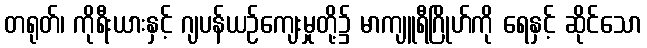
တရုတ်၊ ကိုရီးယားနှင့် ဂျပန်ယဉ်ကျေးမှုတို့၌ မာကျူရီဂြိုဟ်ကို ရေနှင့် ဆိုင်သော